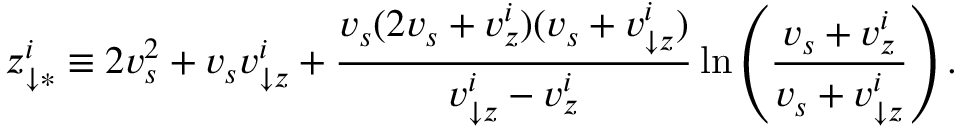
z _ { \downarrow \ast } ^ { i } \equiv 2 v _ { s } ^ { 2 } + v _ { s } v _ { \downarrow z } ^ { i } + \frac { v _ { s } ( 2 v _ { s } + v _ { z } ^ { i } ) ( v _ { s } + v _ { \downarrow z } ^ { i } ) } { v _ { \downarrow z } ^ { i } - v _ { z } ^ { i } } \ln \left( \frac { v _ { s } + v _ { z } ^ { i } } { v _ { s } + v _ { \downarrow z } ^ { i } } \right) .